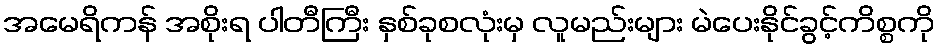
အမေရိကန် အစိုးရ ပါတီကြီး နှစ်ခုစလုံးမှ လူမည်းများ မဲပေးနိုင်ခွင့်ကိစ္စကို